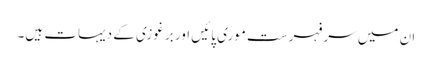
ان میں سرفہرست موری پائیں اور برغوزی کے دیہات ہیں۔